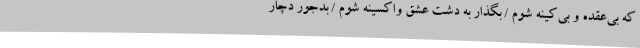
که بی‌عقده و بی‌کینه شوم / بگذار به دشت عشق واکسینه شوم / بدجور دچار